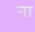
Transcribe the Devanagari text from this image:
र्‍ाा